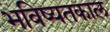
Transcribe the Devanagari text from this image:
भविष्यतकाल